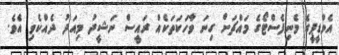
އެމްޑީޕީގެ މެނިފެސްޓޯގެ މައްޗަށް ގިނަ ވާހަކަތަކެއް ރައީސް ނަޝީދު މިއަދު ދެއްކެވި އެވެ.